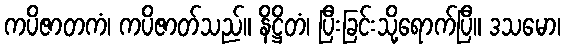
ကပိဇာတကံ၊ ကပိဇာတ်သည်။ နိဋ္ဌိတံ၊ ပြီးခြင်းသို့ရောက်ပြီ။ ဒသမော၊